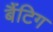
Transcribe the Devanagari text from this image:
बैंटिग